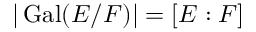
| \operatorname { G a l } ( E / F ) | = [ E : F ]